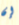
إن